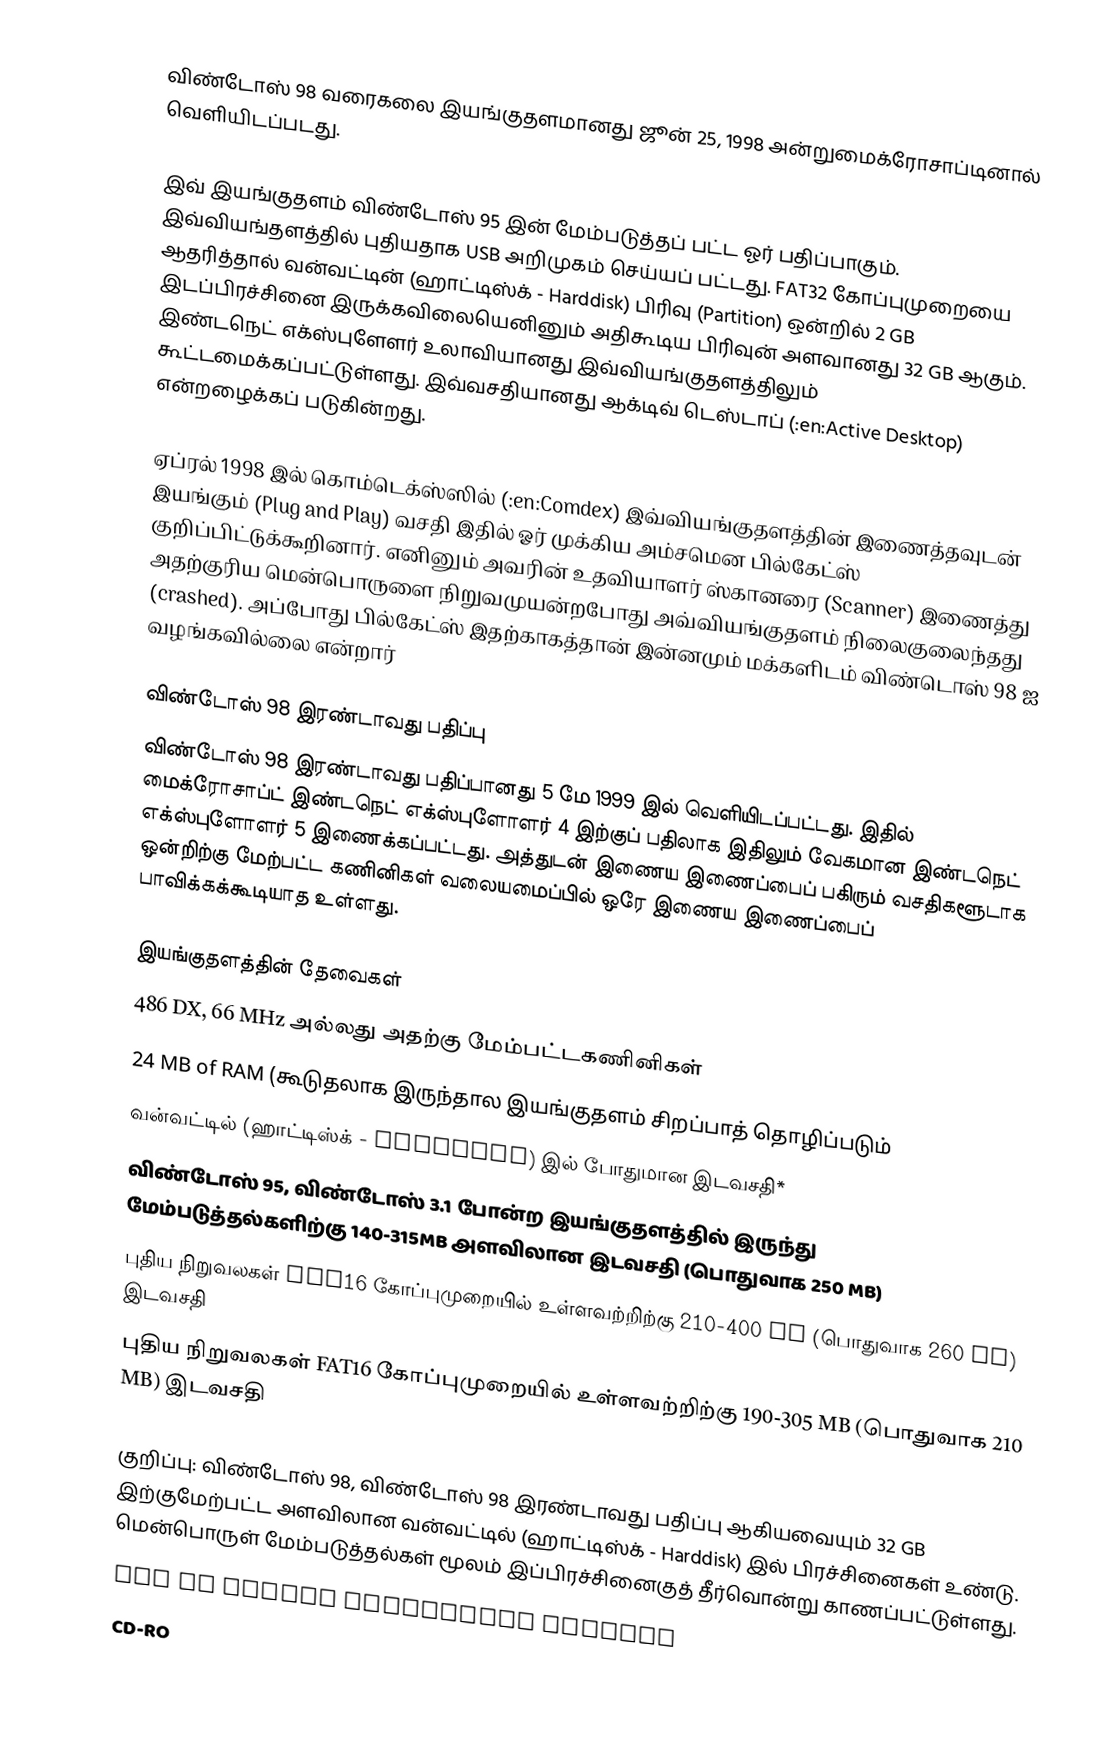
விண்டோஸ் 98 வரைகலை இயங்குதளமானது ஜூன் 25, 1998 அன்றுமைக்ரோசாப்டினால் வெளியிடப்படது.

இவ் இயங்குதளம் விண்டோஸ் 95 இன் மேம்படுத்தப் பட்ட ஓர் பதிப்பாகும். இவ்வியங்தளத்தில் புதியதாக USB அறிமுகம் செய்யப் பட்டது. FAT32 கோப்புமுறையை ஆதரித்தால் வன்வட்டின் (ஹாட்டிஸ்க் - Harddisk) பிரிவு (Partition) ஒன்றில் 2 GB இடப்பிரச்சினை இருக்கவிலையெனினும் அதிகூடிய பிரிவுன் அளவானது 32 GB ஆகும். இண்டநெட் எக்ஸ்புளேளர் உலாவியானது இவ்வியங்குதளத்திலும் கூட்டமைக்கப்பட்டுள்ளது. இவ்வசதியானது ஆக்டிவ் டெஸ்டாப் (:en:Active Desktop) என்றழைக்கப் படுகின்றது.

ஏப்ரல் 1998 இல் கொம்டெக்ஸ்ஸில் (:en:Comdex) இவ்வியங்குதளத்தின் இணைத்தவுடன் இயங்கும் (Plug and Play) வசதி இதில் ஓர் முக்கிய அம்சமென பில்கேட்ஸ் குறிப்பிட்டுக்கூறினார். எனினும் அவரின் உதவியாளர் ஸ்கானரை (Scanner) இணைத்து அதற்குரிய மென்பொருளை நிறுவமுயன்றபோது அவ்வியங்குதளம் நிலைகுலைந்தது (crashed). அப்போது பில்கேட்ஸ் இதற்காகத்தான் இன்னமும் மக்களிடம் விண்டொஸ் 98 ஐ வழங்கவில்லை என்றார்

விண்டோஸ் 98 இரண்டாவது பதிப்பு
விண்டோஸ் 98 இரண்டாவது பதிப்பானது 5 மே 1999 இல் வெளியிடப்பட்டது. இதில் மைக்ரோசாப்ட் இண்டநெட் எக்ஸ்புளோளர் 4 இற்குப் பதிலாக இதிலும் வேகமான இண்டநெட் எக்ஸ்புளோளர் 5 இணைக்கப்பட்டது. அத்துடன் இணைய இணைப்பைப் பகிரும் வசதிகளூடாக ஒன்றிற்கு மேற்பட்ட கணினிகள் வலையமைப்பில் ஒரே இணைய இணைப்பைப் பாவிக்கக்கூடியாத உள்ளது.

இயங்குதளத்தின் தேவைகள்
 486 DX, 66 MHz அல்லது அதற்கு மேம்பட்டகணினிகள்
 24 MB of RAM (கூடுதலாக இருந்தால இயங்குதளம் சிறப்பாத் தொழிப்படும்
வன்வட்டில் (ஹாட்டிஸ்க் - Harddisk) இல் போதுமான இடவசதி*
விண்டோஸ் 95, விண்டோஸ் 3.1 போன்ற இயங்குதளத்தில் இருந்து மேம்படுத்தல்களிற்கு 140-315MB அளவிலான இடவசதி (பொதுவாக 250 MB)
புதிய நிறுவலகள் FAT16 கோப்புமுறையில் உள்ளவற்றிற்கு 210-400 MB (பொதுவாக 260 MB) இடவசதி
புதிய நிறுவலகள் FAT16 கோப்புமுறையில் உள்ளவற்றிற்கு 190-305 MB (பொதுவாக 210 MB) இடவசதி

குறிப்பு: விண்டோஸ் 98, விண்டோஸ் 98 இரண்டாவது பதிப்பு ஆகியவையும் 32 GB இற்குமேற்பட்ட அளவிலான வன்வட்டில் (ஹாட்டிஸ்க் - Harddisk) இல் பிரச்சினைகள் உண்டு. மென்பொருள் மேம்படுத்தல்கள் மூலம் இப்பிரச்சினைகுத் தீர்வொன்று காணப்பட்டுள்ளது.
 VGA or higher resolution monitor
 CD-RO